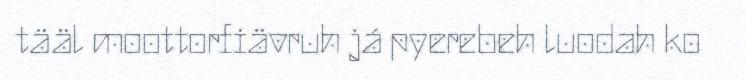
tääl moottorfiävruh já pyerebeh luodah ko